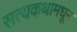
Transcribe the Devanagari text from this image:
सत्यकथामधून